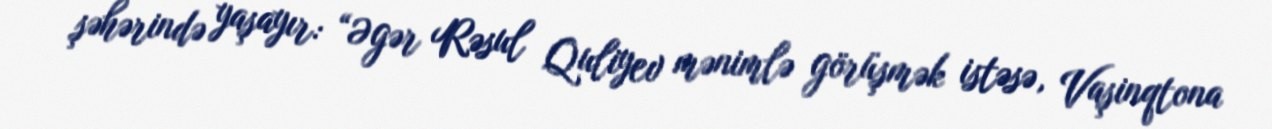
şəhərində yaşayır: “Əgər Rəsul Quliyev mənimlə görüşmək istəsə, Vaşinqtona